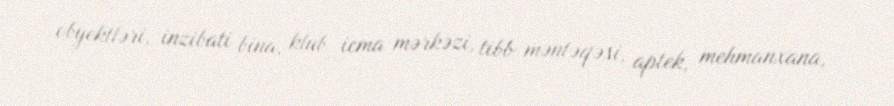
obyektləri, inzibati bina, klub icma mərkəzi, tibb məntəqəsi, aptek, mehmanxana,